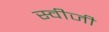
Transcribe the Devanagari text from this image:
स्वीजी